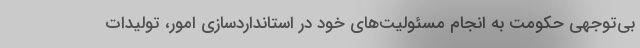
بی‌توجهی حکومت به انجام مسئولیت‌های خود در استانداردسازی امور، تولیدات